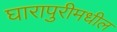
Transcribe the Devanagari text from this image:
घारापुरीमधील